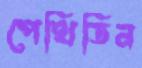
পেথিডিন